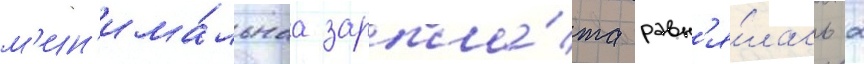
м'ин'има́льнаа зарпла́та равн'я́лась 2